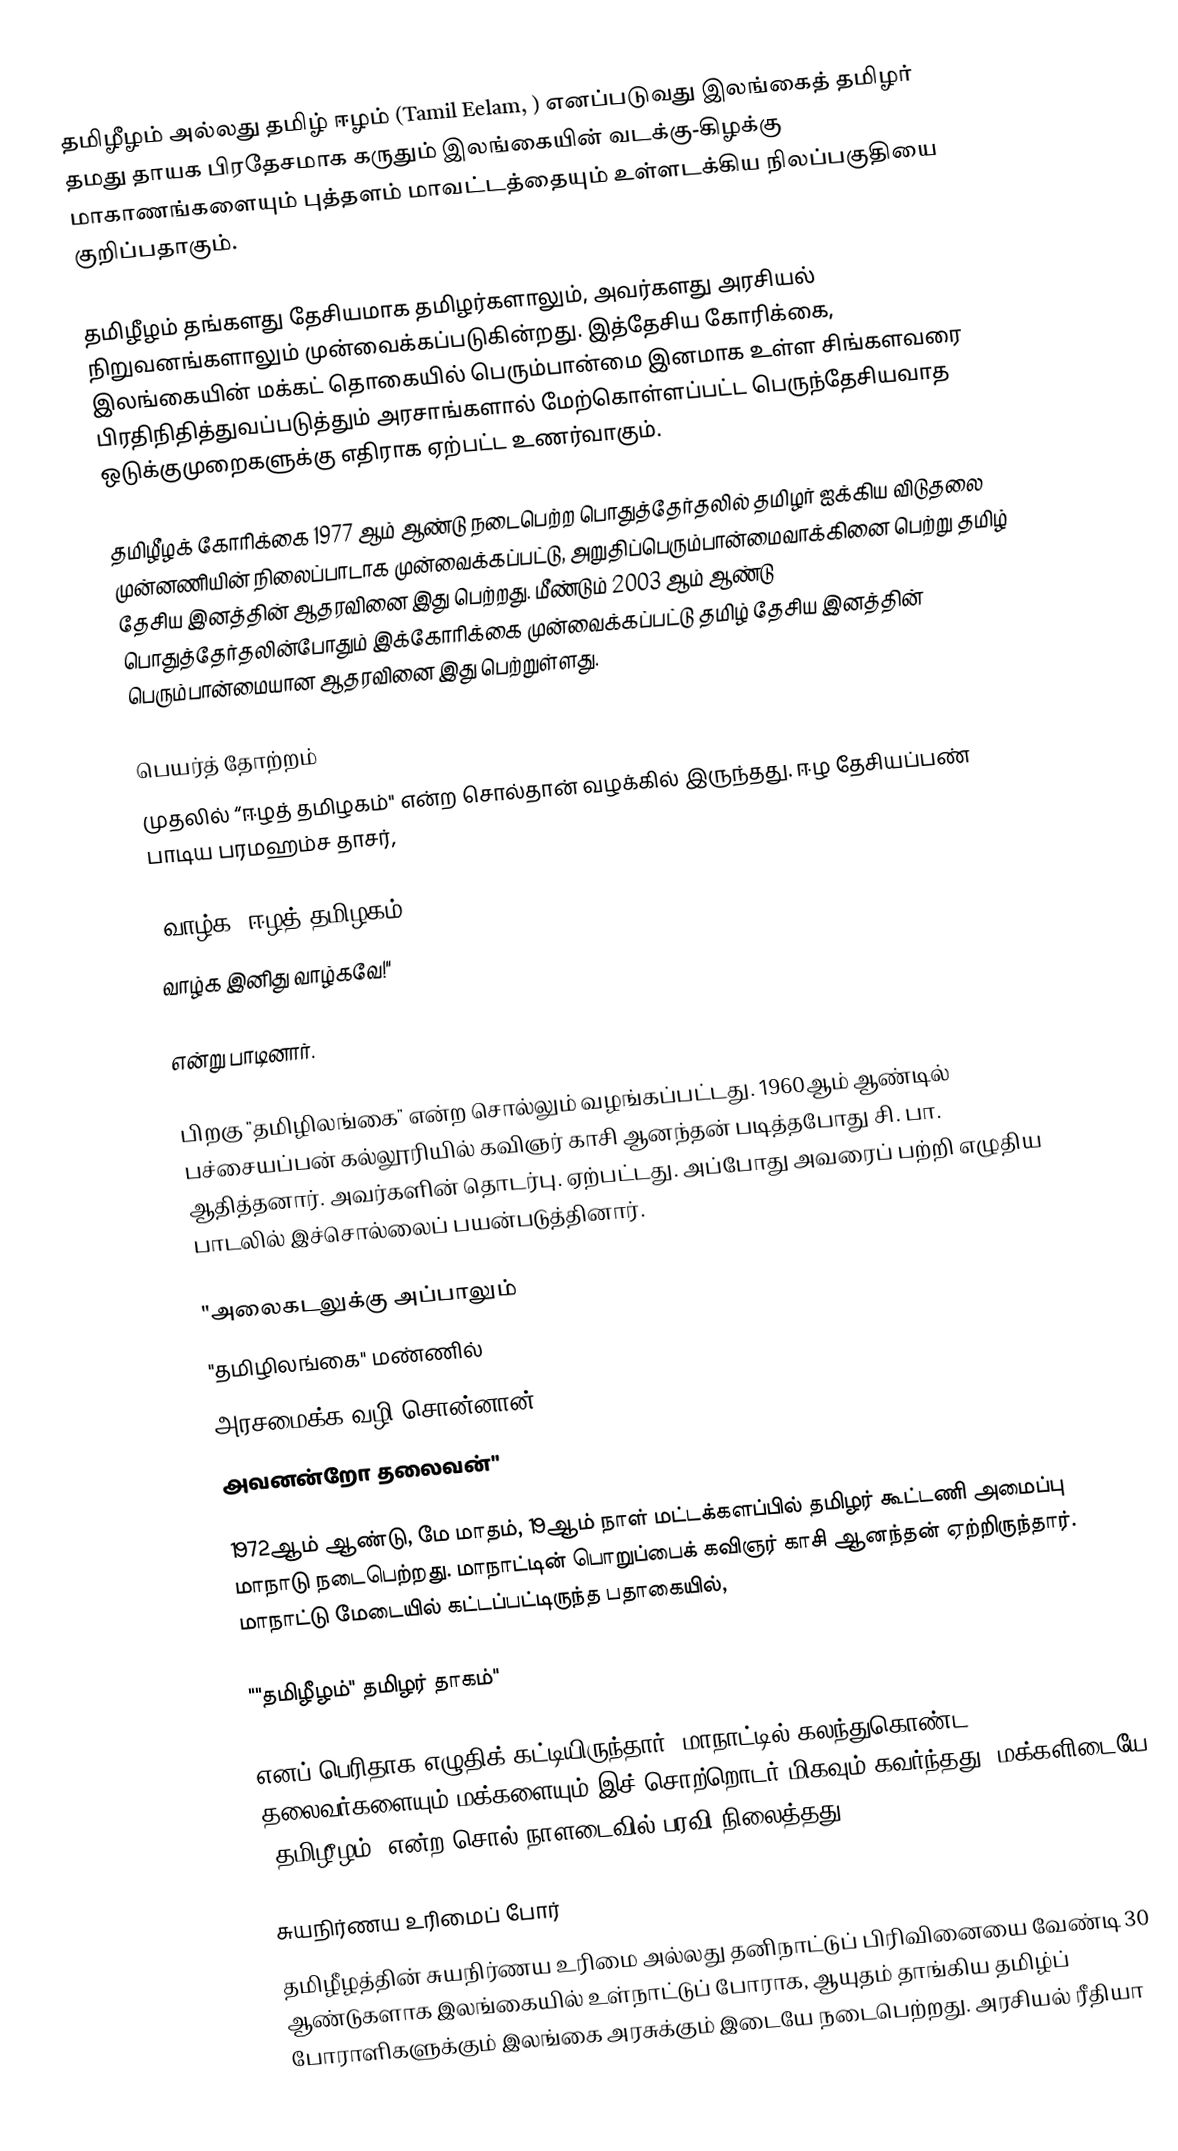
தமிழீழம் அல்லது தமிழ் ஈழம் (Tamil Eelam, ) எனப்படுவது இலங்கைத் தமிழர் தமது தாயக பிரதேசமாக கருதும் இலங்கையின் வடக்கு-கிழக்கு மாகாணங்களையும் புத்தளம் மாவட்டத்தையும் உள்ளடக்கிய நிலப்பகுதியை குறிப்பதாகும்.

தமிழீழம் தங்களது தேசியமாக தமிழர்களாலும், அவர்களது அரசியல் நிறுவனங்களாலும் முன்வைக்கப்படுகின்றது. இத்தேசிய கோரிக்கை, இலங்கையின் மக்கட் தொகையில் பெரும்பான்மை இனமாக உள்ள சிங்களவரை பிரதிநிதித்துவப்படுத்தும் அரசாங்களால் மேற்கொள்ளப்பட்ட பெருந்தேசியவாத ஒடுக்குமுறைகளுக்கு எதிராக ஏற்பட்ட  உணர்வாகும்.

தமிழீழக் கோரிக்கை 1977 ஆம் ஆண்டு நடைபெற்ற பொதுத்தேர்தலில் தமிழர் ஐக்கிய விடுதலை முன்னணியின் நிலைப்பாடாக முன்வைக்கப்பட்டு, அறுதிப்பெரும்பான்மைவாக்கினை பெற்று தமிழ் தேசிய இனத்தின்  ஆதரவினை இது பெற்றது. மீண்டும் 2003 ஆம் ஆண்டு பொதுத்தேர்தலின்போதும் இக்கோரிக்கை முன்வைக்கப்பட்டு தமிழ் தேசிய இனத்தின் பெரும்பான்மையான ஆதரவினை இது பெற்றுள்ளது.

பெயர்த் தோற்றம்
முதலில் “ஈழத் தமிழகம்" என்ற சொல்தான் வழக்கில் இருந்தது. ஈழ தேசியப்பண் பாடிய பரமஹம்ச தாசர்,

"வாழ்க "ஈழத் தமிழகம்"
வாழ்க இனிது வாழ்கவே!"

என்று பாடினார்.

பிறகு "தமிழிலங்கை" என்ற சொல்‌லும் வழங்கப்பட்டது. 1960ஆம் ஆண்டில் பச்சையப்பன் கல்லூரியில் கவிஞர் காசி ஆனந்தன் படித்தபோது சி. பா. ஆதித்தனார். அவர்களின் தொடர்பு. ஏற்பட்டது. அப்போது அவரைப் பற்றி எழுதிய பாடலில் இச்சொல்லைப் பயன்படுத்தினார்.

"அலைகடலுக்கு அப்பாலும்
"தமிழிலங்கை" மண்ணில்
அரசமைக்க வழி சொன்னான்
அவனன்றோ தலைவன்"

1972ஆம் ஆண்டு, மே மாதம், 19ஆம் நாள் மட்டக்களப்பில் தமிழர் கூட்டணி அமைப்பு மாநாடு நடைபெற்றது. மாநாட்டின் பொறுப்பைக் கவிஞர் காசி ஆனந்தன் ஏற்றிருந்தார். மாநாட்டு மேடையில் கட்டப்பட்டிருந்த பதாகையில்,

""தமிழீழம்" தமிழர் தாகம்"

எனப் பெரிதாக எழுதிக் கட்டியிருந்தார், மாநாட்டில் கலந்துகொண்ட தலைவர்களையும் மக்களையும் இச் சொற்றொடர் மிகவும் கவர்ந்தது. மக்களிடையே "தமிழீழம்" என்ற சொல் நாளடைவில் பரவி நிலைத்தது.

 சுயநிர்ணய உரிமைப் போர்
தமிழீழத்தின் சுயநிர்ணய உரிமை அல்லது தனிநாட்டுப் பிரிவினையை வேண்டி 30 ஆண்டுகளாக இலங்கையில் உள்நாட்டுப் போராக, ஆயுதம் தாங்கிய தமிழ்ப் போராளிகளுக்கும் இலங்கை அரசுக்கும் இடையே நடைபெற்றது. அரசியல் ரீதியா